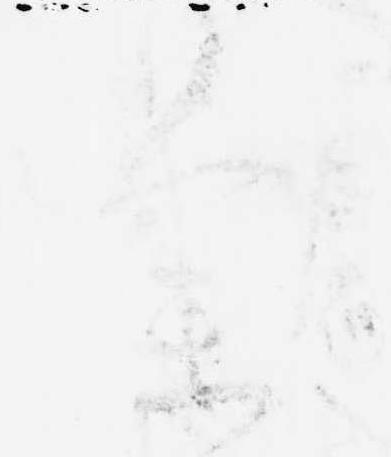
参